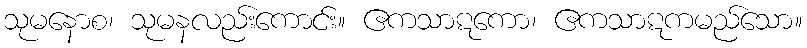
သုမနောစ၊ သုမနလည်းကောင်း။ ဧကသာဋကော၊ ဧကသာဋကမည်သော။